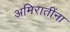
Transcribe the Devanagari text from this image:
अमिरातींना